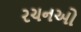
રચનઓ